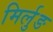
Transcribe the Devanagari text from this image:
मिर्लुङ